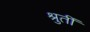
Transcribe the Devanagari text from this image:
श्रुतीं